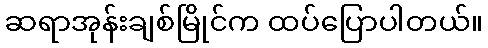
ဆရာအုန်းချစ်မြိုင်က ထပ်ပြောပါတယ်။